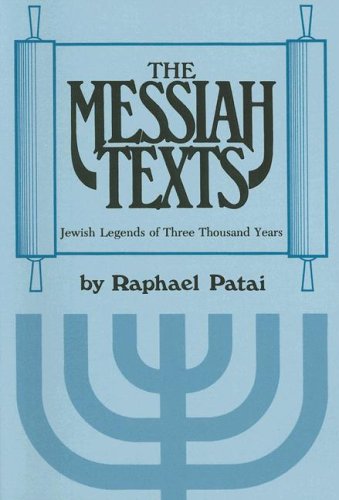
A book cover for The Messiah Texts: Jewish Legends of Three Thousand Years; Raphael Patai; Christian Books & Bibles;